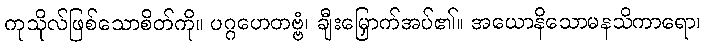
ကုသိုလ်ဖြစ်သောစိတ်ကို။ ပဂ္ဂဟေတဗ္ဗံ၊ ချီးမြှောက်အပ်၏။ အယောနိသောမနသိကာရော၊